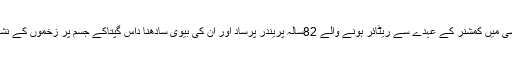
سنیئر پولس سپرنٹنڈنٹ منو مہاراج نے بتایاکہ محکمہ آبپاشی میں کمشنر کے عہدے سے ریٹائر ہونے والے 82سالہ پریندر پرساد اور ان کی بیوی سادھنا داس گپتاکے جسم پر زخموں کے نشان ہیں جس سے محسوس ہوتا ہے کہ انہیں قتل کیا گیا ہے۔